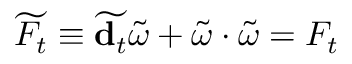
\widetilde { { \cal F } _ { t } } \equiv \widetilde { { \bf d } _ { t } } \widetilde { \omega } + \widetilde { \omega } \cdot \widetilde { \omega } = { \cal F } _ { t }